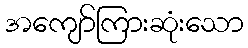
အကျော်ကြားဆုံးသော